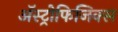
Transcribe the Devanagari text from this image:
अॅस्ट्रोफिजिक्स